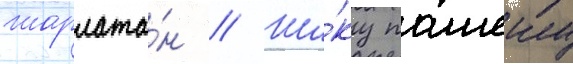
шарлата́н // Ши́ку пашеку